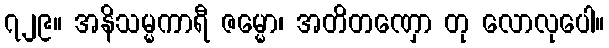
၇၂၉။ အနိသမ္မကာရီ ဇမ္မော၊ အတိတဏှော တု လောလုပေါ။